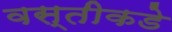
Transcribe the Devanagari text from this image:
वस्तीकडे